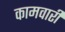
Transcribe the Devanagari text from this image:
कामवारी